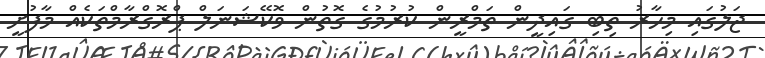
ޖަލުގައި މިހާރު ތިބި ގައިދީން ތަމްރީން ކުރުމުގެ ގޮތުން ވޮކޭޝަނަލް ޕްރޮގްރާމްތަކެއް މާފުށީ